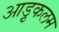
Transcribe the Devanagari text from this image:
आड़ुकलम